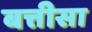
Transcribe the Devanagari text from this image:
बत्तीसा